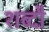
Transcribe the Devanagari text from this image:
शब्दौ